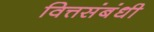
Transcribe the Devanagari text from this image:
वित्तसंबंधी